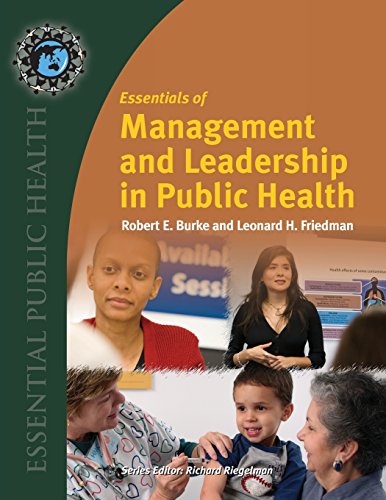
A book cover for Essentials Of Management And Leadership In Public Health (Essential Public Health); Robert E Burke; Medical Books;